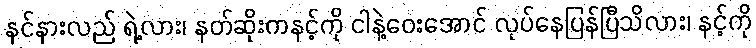
နင်နားလည် ရဲ့လား၊ နတ်ဆိုးကနင့်ကို ငါနဲ့ဝေးအောင် လုပ်နေပြန်ပြီသိလား၊ နင့်ကို